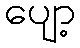
ပျော့